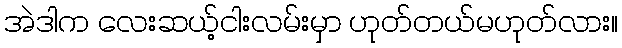
အဲဒါက လေးဆယ့်ငါးလမ်းမှာ ဟုတ်တယ်မဟုတ်လား။